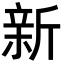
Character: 新